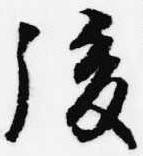
後